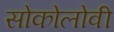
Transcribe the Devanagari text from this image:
सोकोलोवी